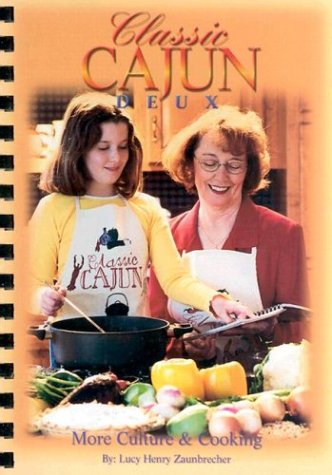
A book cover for Classic Cajun Deux More Culture & Cooking; Lucy H. Zaunbrecher; Cookbooks, Food & Wine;